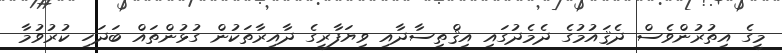
މީގެ އިތުރުންވެސް ދެޤައުމުގެ ދެމެދުގައި އިޤްތިސާދާއި ވިޔަފާރީގެ ދާއިރާތަކުން ގުޅުންތައް ބަދަހި ކުރުވުމާ